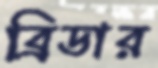
ব্রিডার